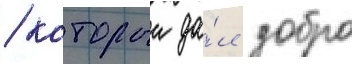
/ которыи да́л добро